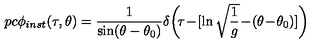
\hspace { - 1 p c } \phi _ { i n s t } ( \tau , \theta ) = { \frac { 1 } { \sin ( \theta - \theta _ { 0 } ) } } \delta \! \left( \! \tau \! - \! [ \ln \sqrt { { \frac { 1 } { g } } } \! - \! ( \theta \! - \! \theta _ { 0 } ) ] \right)